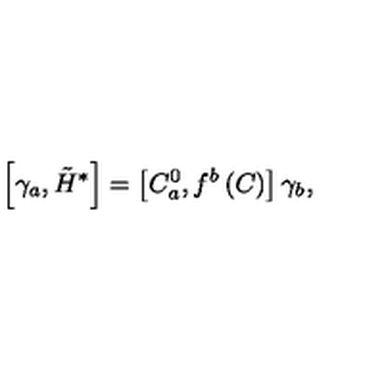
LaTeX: \left[ \gamma _ { a } , \tilde { H } ^ { * } \right] = \left[ C _ { a } ^ { 0 } , f ^ { b } \left( C \right) \right] \gamma _ { b } ,